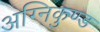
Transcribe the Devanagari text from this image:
अग्निकुण्ड